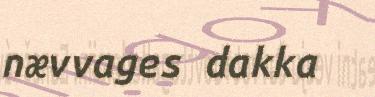
nævvages dakka